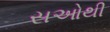
સઓથી